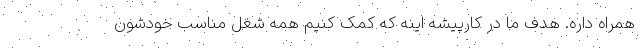
همراه داره. هدف ما در کارپیشه اینه که کمک کنیم همه شغل مناسب خودشون